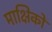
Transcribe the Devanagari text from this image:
माक्षिकों